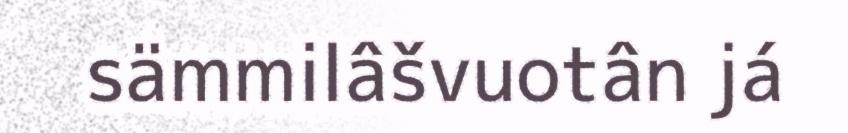
sämmilâšvuotân já